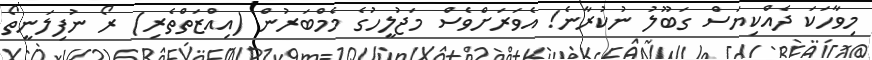
މިވާހަކަ ދެއްކިޔަސް ގަބޫލު ނުކުރާނެ! އެވަރަށްވެސް މަޖުލީހުގެ މެމްބަރުން (އިއްޒަތްތެރި) ރޯ ނުފިލަނީތޯ